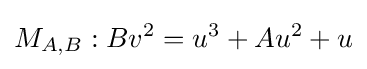
M_{A,B}:Bv^{2}=u^{3}+Au^{2}+u